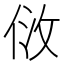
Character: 𠈹